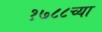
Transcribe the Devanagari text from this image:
१७८८च्या